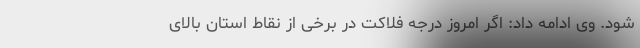
شود. وی ادامه داد: اگر امروز درجه فلاکت در برخی از نقاط استان بالای